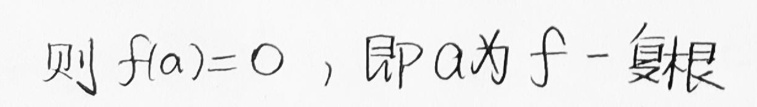
则 $f(a)=0$，即 $a$ 为 $f$ - 复根